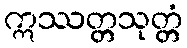
ဣဿတ္တသုတ္တံ